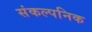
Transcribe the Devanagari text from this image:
संकल्पनिक